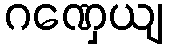
ဂဏှေယျ